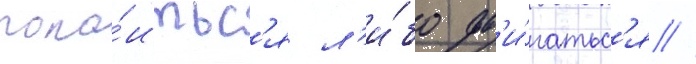
поко́итьс'я л'и́бо дв'и́гатьс'я //